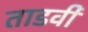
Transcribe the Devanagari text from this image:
ताडवी